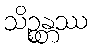
သိဉ္စန္တဿ